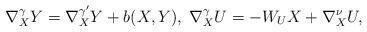
LaTeX: \begin{align*} \nabla^\gamma_XY=\nabla^{\gamma'}_XY+b(X,Y),\;\nabla^\gamma_XU=-W_U X+\nabla^\nu_XU,\end{align*}